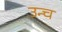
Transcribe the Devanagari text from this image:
उन्च